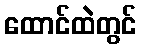
ထောင်ထဲတွင်